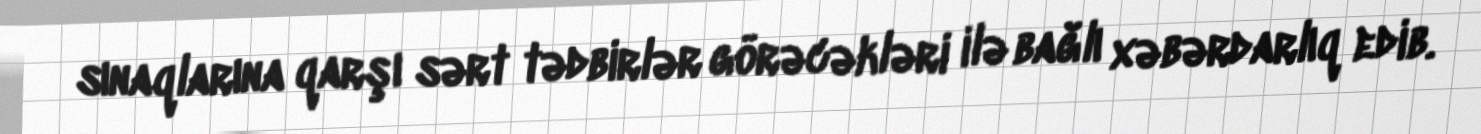
sınaqlarına qarşı sərt tədbirlər görəcəkləri ilə bağlı xəbərdarlıq edib.